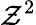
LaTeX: \mathcal{Z}^{2}